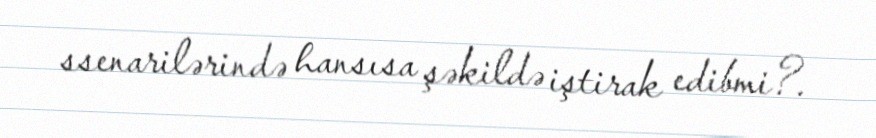
ssenarilərində hansısa şəkildə iştirak edibmi?.